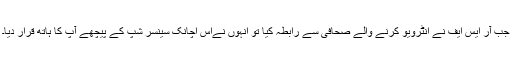
جب آر ایس ایف نے انٹرویو کرنے والے صحافی سے رابطہ کیا تو انہوں نےاس اچانک سینسر شپ کے پیچھے آپ کا ہاتھ قرار دیا۔